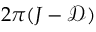
2 \pi ( J - \mathcal { D } )